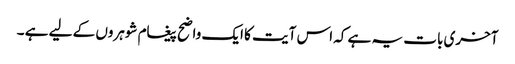
آخری بات یہ ہے کہ اس آیت کا ایک واضح پیغام شوہروں کے لیے ہے ۔